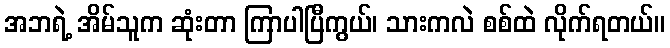
အဘရဲ့ အိမ်သူက ဆုံးတာ ကြာပါပြီကွယ်၊ သားကလဲ စစ်ထဲ လိုက်ရတယ်။